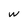
Character: w